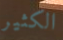
الكثير